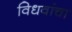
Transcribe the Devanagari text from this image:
विधवांचा